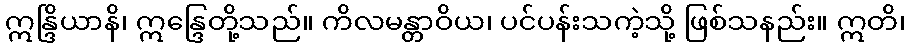
ဣန္ဒြိယာနိ၊ ဣန္ဒြေတို့သည်။ ကိလမန္တာဝိယ၊ ပင်ပန်းသကဲ့သို့ ဖြစ်သနည်း။ ဣတိ၊